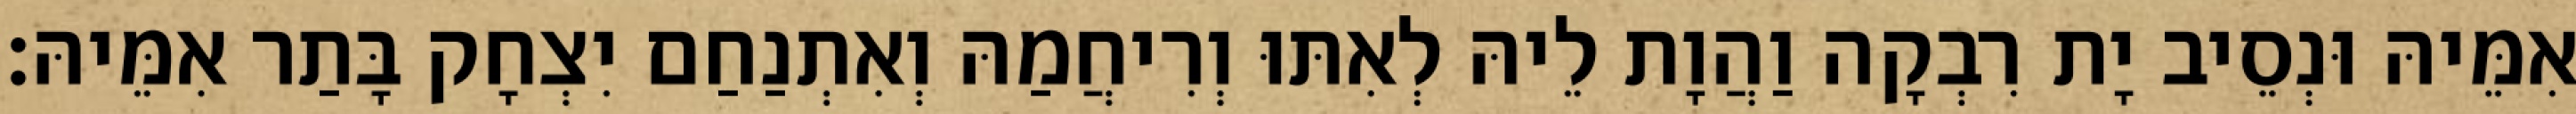
אִמֵּיהּ וּנְסֵיב יָת רִבְקָה וַהֲוָת לֵיהּ לְאִתּוּ וְרִיחֲמַהּ וְאִתְנַחַם יִצְחָק בָּתַר אִמֵּיהּ׃